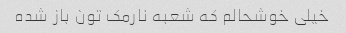
خیلی خوشحالم که شعبه نارمک تون باز شده